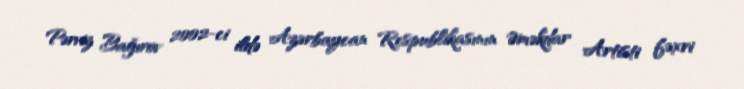
Pərviz Bağırov 2002-ci ildə Azərbaycan Respublikasının Əməkdar Artisti fəxri